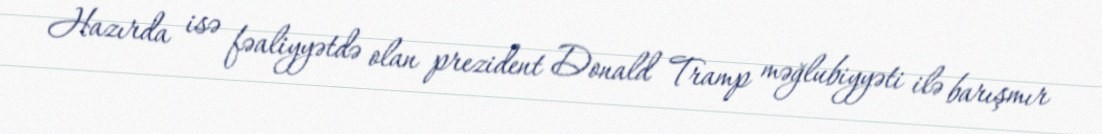
Hazırda isə fəaliyyətdə olan prezident Donald Tramp məğlubiyyəti ilə barışmır